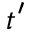
t ^ { \prime }